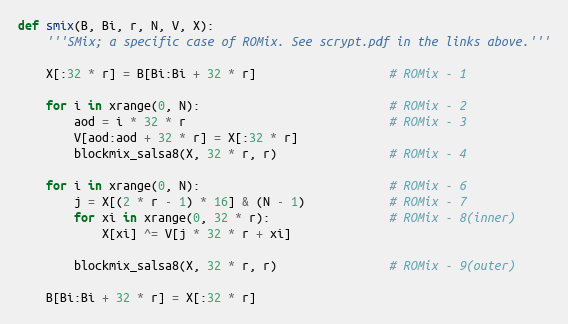
Language: Python
def smix(B, Bi, r, N, V, X):
    '''SMix; a specific case of ROMix. See scrypt.pdf in the links above.'''

    X[:32 * r] = B[Bi:Bi + 32 * r]                   # ROMix - 1

    for i in xrange(0, N):                           # ROMix - 2
        aod = i * 32 * r                             # ROMix - 3
        V[aod:aod + 32 * r] = X[:32 * r]
        blockmix_salsa8(X, 32 * r, r)                # ROMix - 4

    for i in xrange(0, N):                           # ROMix - 6
        j = X[(2 * r - 1) * 16] & (N - 1)            # ROMix - 7
        for xi in xrange(0, 32 * r):                 # ROMix - 8(inner)
            X[xi] ^= V[j * 32 * r + xi]

        blockmix_salsa8(X, 32 * r, r)                # ROMix - 9(outer)

    B[Bi:Bi + 32 * r] = X[:32 * r]